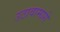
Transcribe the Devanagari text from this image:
उठावामागे